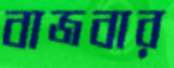
বাজবার